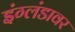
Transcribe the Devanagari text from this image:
इंग्लंडावर